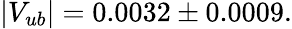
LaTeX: \vert V_{ub}\vert=0.0032\pm 0.0009.